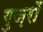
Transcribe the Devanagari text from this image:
गुज़रों